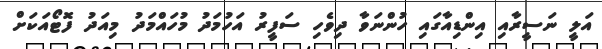
އަލީ ނަސީރާއި އިންޑިއާގައި ހުންނަވާ ދިވެހި ސަފީރު އަހުމަދު މުހައްމަދު މިއަދު ފޮޓޯއަކަށް